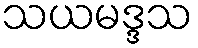
သယမဒ္ဒသ